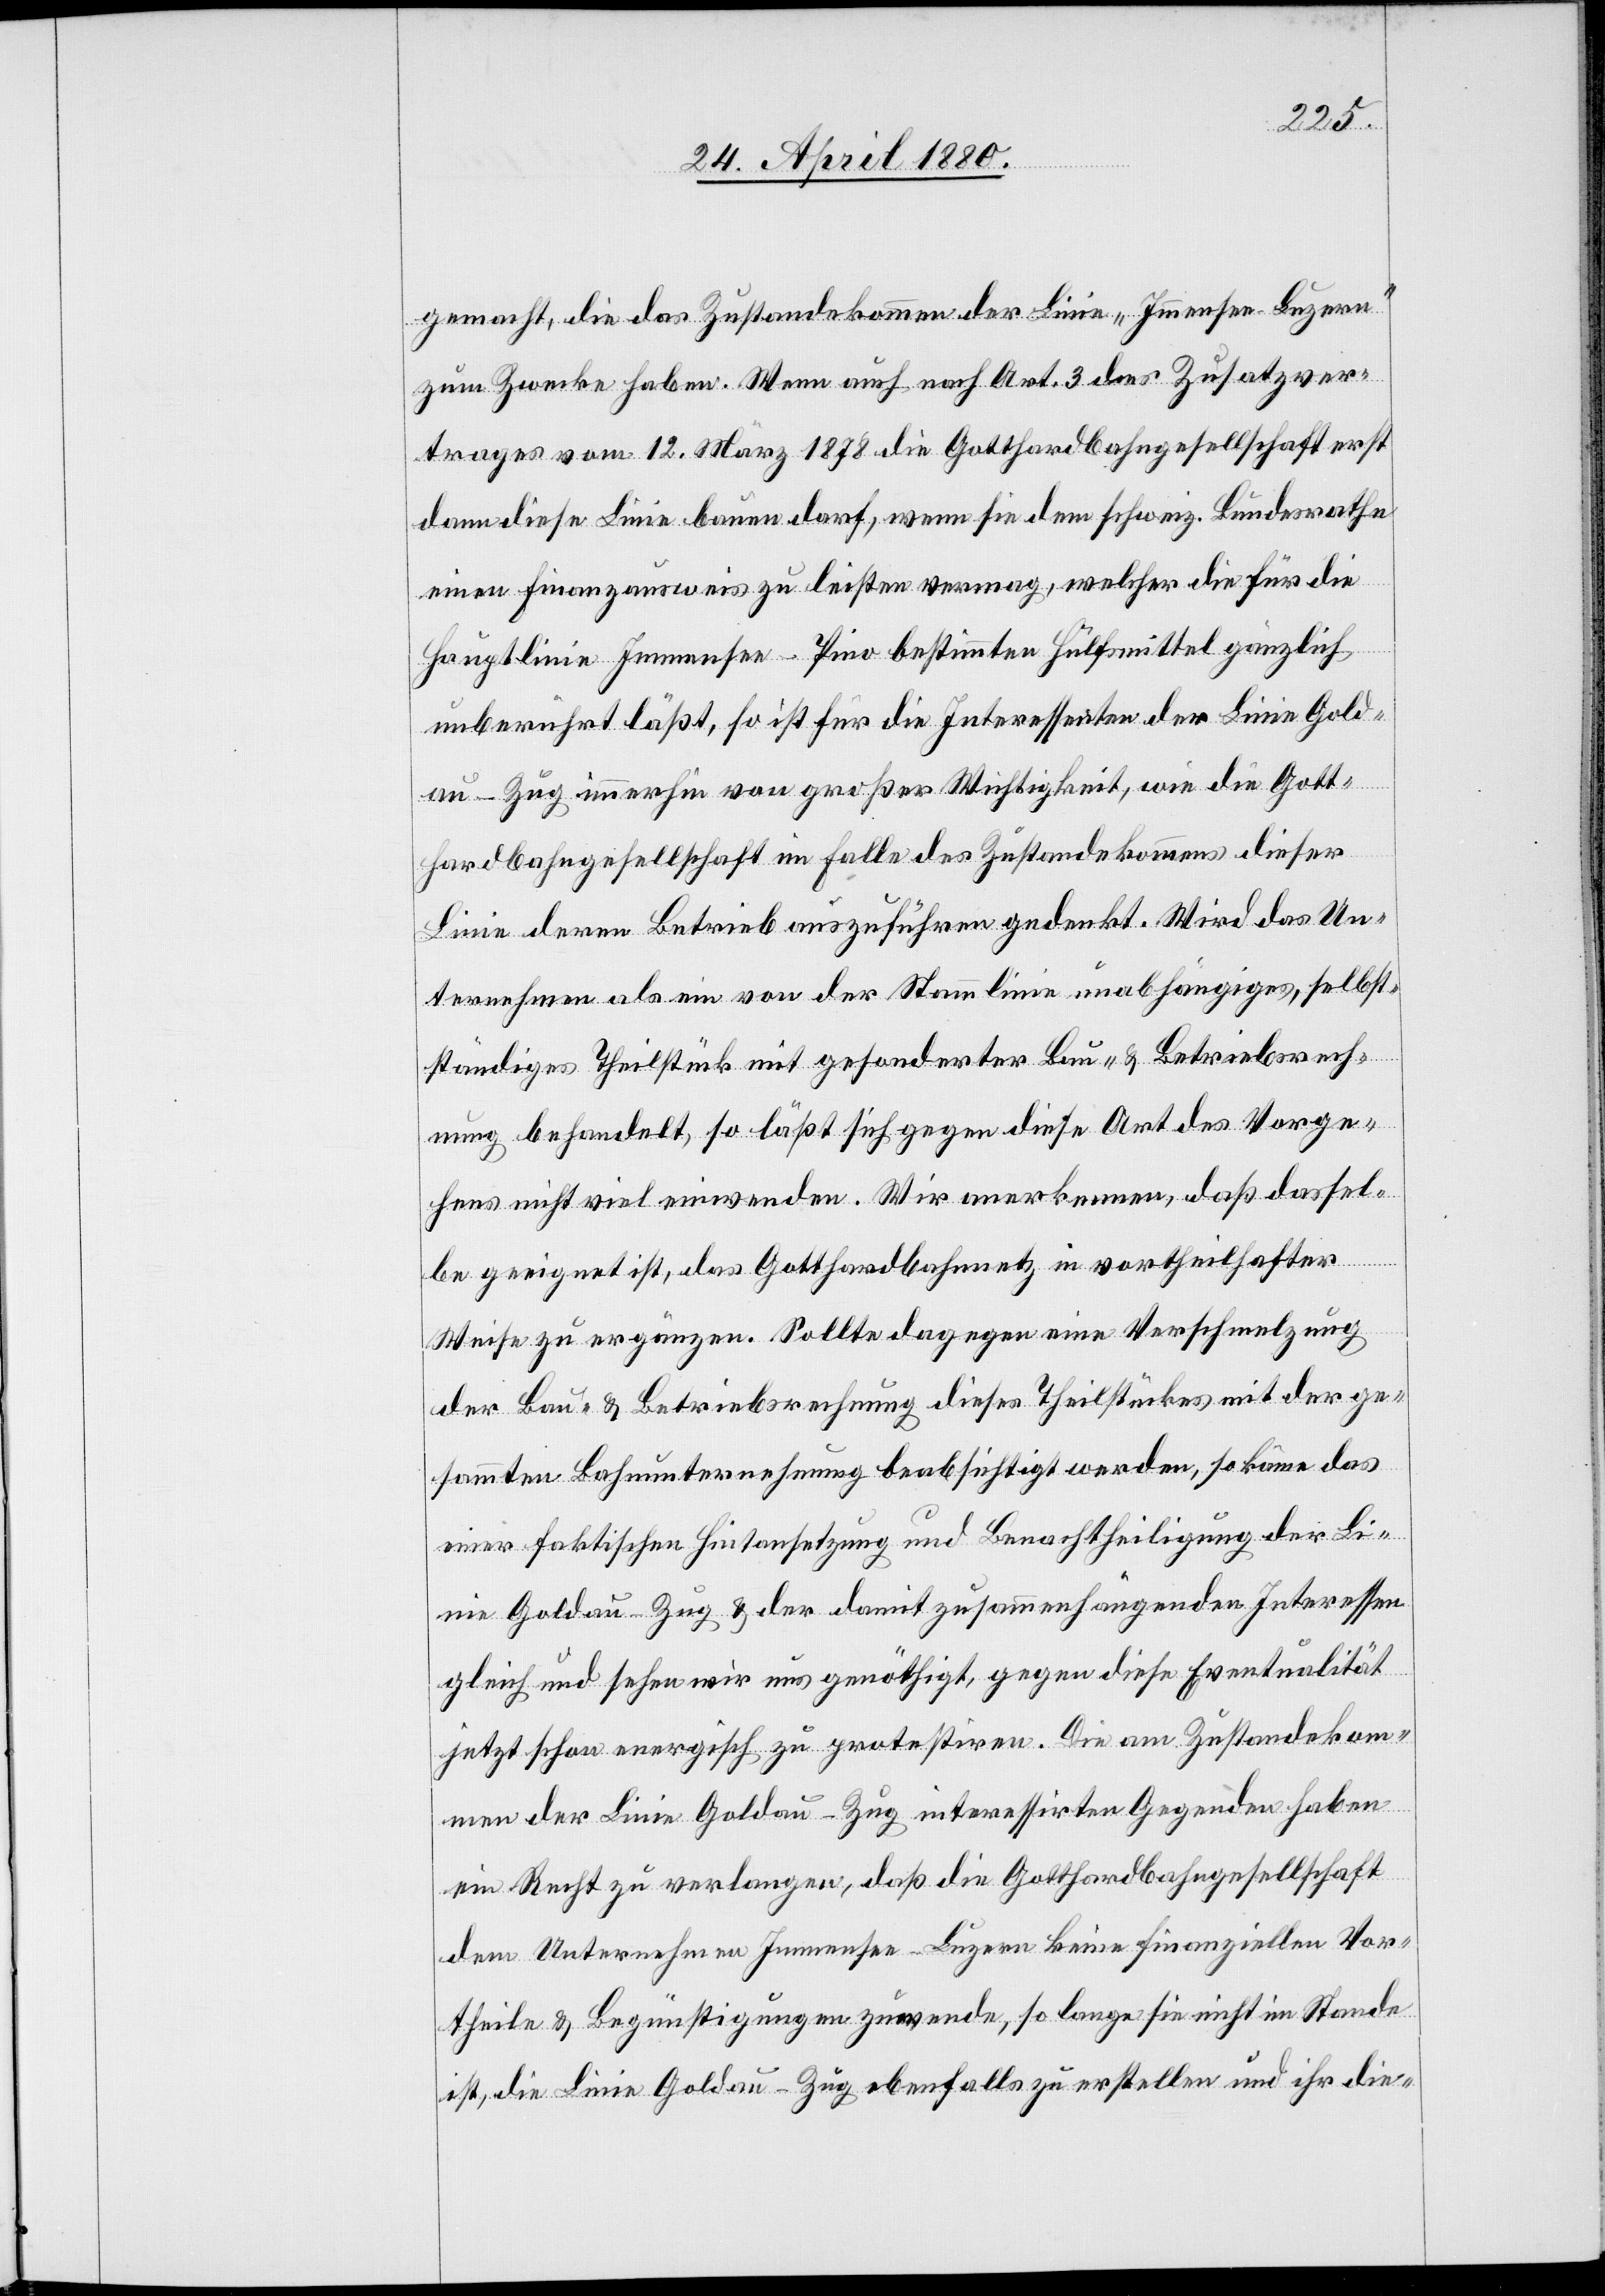
gemacht, die das Zustandekommen der Linie „Immensee–Luzern“
zum Zwecke haben. Wenn auch nach Art. 3 des Zusatzver¬
trages vom 12. März 1878 die Gotthardbahngesellschaft erst
dann diese Linie bauen darf, wenn sie dem schweiz. Bundesrathe
einen Finanzausweis zu leisten vermag, welcher die für die
Hauptlinie Immensee–Pino bestimmten Hülfsmittel gänzlich
unberührt läßt, so ist für die Interessenten der Linie Gold¬
au–Zug immerhin von großer Wichtigkeit, wie die Gott¬
hardbahngesellschaft im Falle des Zustandekommens dieser
Linie deren Betrieb auszuführen gedenkt. Wird das Un¬
ternehmen als ein von der Stammlinie unabhängiges, selbst¬
ständiges Theilstück mit gesonderter Bau- & Betriebsrech¬
nung behandelt, so läßt sich gegen diese Art des Vorge¬
hens nicht viel einwenden. Wir anerkennen, daß dassel¬
be geeignet ist, das Gotthardbahnnetz in vortheilhafter
Weise zu ergänzen. Sollte dagegen eine Verschmelzung
der Bau- & Betriebsrechnung dieses Theilstückes mit der ge¬
sammten Bahnunternehmung beabsichtigt werden, so käme das
einer faktischen Hintansetzung und Benachtheiligung der Li¬
nie Goldau–Zug & der damit zusammenhängenden Interessen
gleich und sehen wir uns genöthigt, gegen diese Eventualität
jetzt schon energisch zu protestiren. Die am Zustandekom¬
men der Linie Goldau–Zug interessirten Gegenden haben
ein Recht zu verlangen, daß die Gotthardbahngesellschaft
dem Unternehmen Immensee–Luzern keine finanziellen Vor¬
theile & Begünstigungen zuwende, so lange sie nicht im Stande
ist, die Linie Goldau–Zug ebenfalls zu erstellen und ihr die-